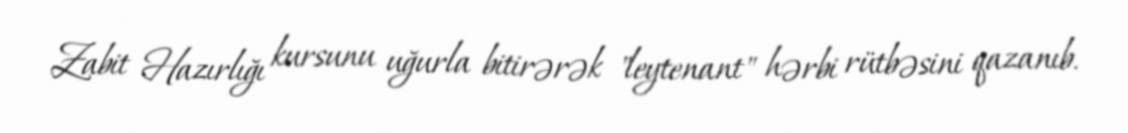
Zabit Hazırlığı kursunu uğurla bitirərək "leytenant" hərbi rütbəsini qazanıb.